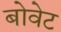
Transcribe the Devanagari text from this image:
बोवेट